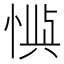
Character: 𫺙